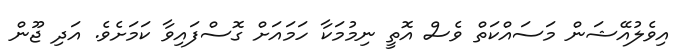
އިވެލުއޭޝަން މަސައްކަތް ވެސް އޮތީ ނިމުމަކާ ހަމައަށް ގޮސްފައިވާ ކަމަށެވެ. އަދި ޖޫން